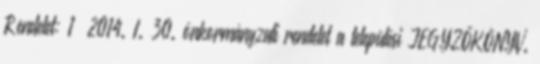
Rendelet: 1 2014. I. 30. önkormányzati rendelet a települési JEGYZŐKÖNYV.